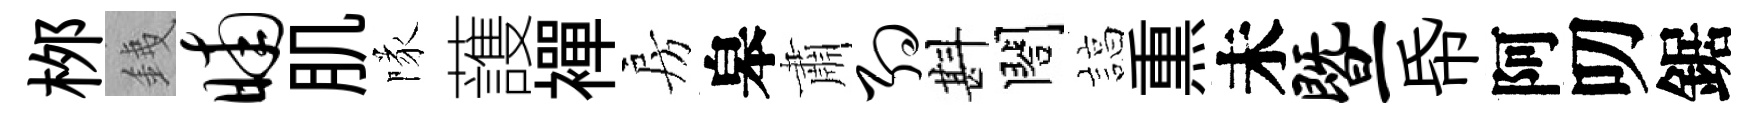
桞銕晡肌隊䕶襌房皋肅约斟閤諄𤋱未暨帋阿叨鋸